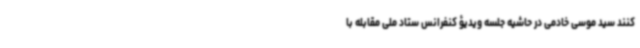
کنند سید موسی خادمی در حاشیه جلسه ویدیؤ کنفرانس ستاد ملی مقابله با